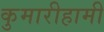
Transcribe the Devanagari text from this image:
कुमारीहामी